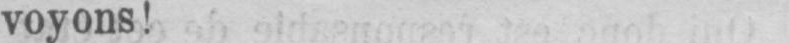
voyons!